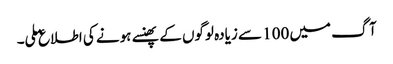
آگ میں 100 سے زیادہ لوگوں کے پھنسے ہونے کی اطلاع ملی۔